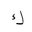
Letter: _kaf